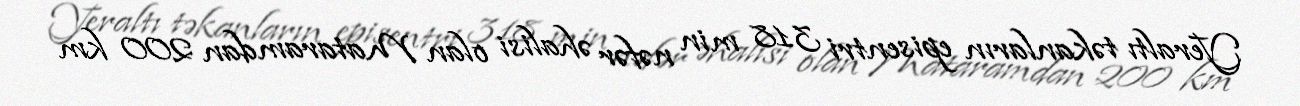
Yeraltı təkanların episentri 318 min nəfər əhalisi olan Mataramdan 200 km